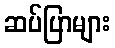
ဆပ်ပြာများ